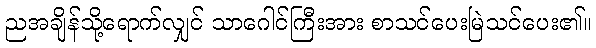
ညအချိန်သို့ရောက်လျှင် သာဂေါင်ကြီးအား စာသင်ပေးမြဲသင်ပေး၏။